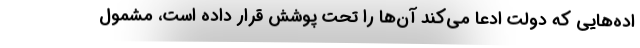
اده‌هایی که دولت ادعا می‌کند آن‌ها را تحت پوشش قرار داده است، مشمول